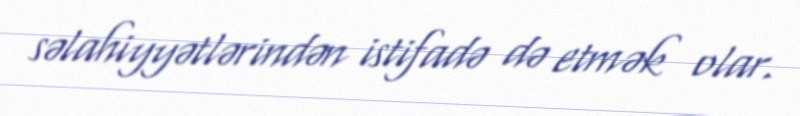
səlahiyyətlərindən istifadə də etmək olar.